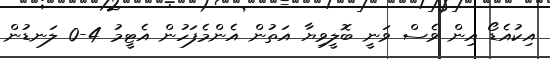
އިކުއެޑޯ އިން ވެސް ވަނީ ބޮލީވިޔާ އަތުން އެންމެފަހުން އެޓީމު 4-0 ލަނޑުން